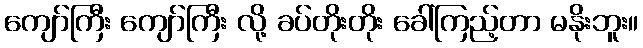
ကျော်ကြီး ကျော်ကြီး လို့ ခပ်တိုးတိုး ခေါ်ကြည့်တာ မနိုးဘူး။